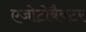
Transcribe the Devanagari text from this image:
एजोटोबैक्टर